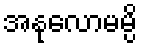
အနုလောမမ္ပိ